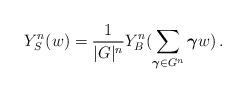
LaTeX: \begin{align*} Y^n_S(w) = \frac{1}{|G|^n} Y^n_B(\sum_{\boldsymbol \gamma \in G^n}\boldsymbol \gamma w) \, . \end{align*}